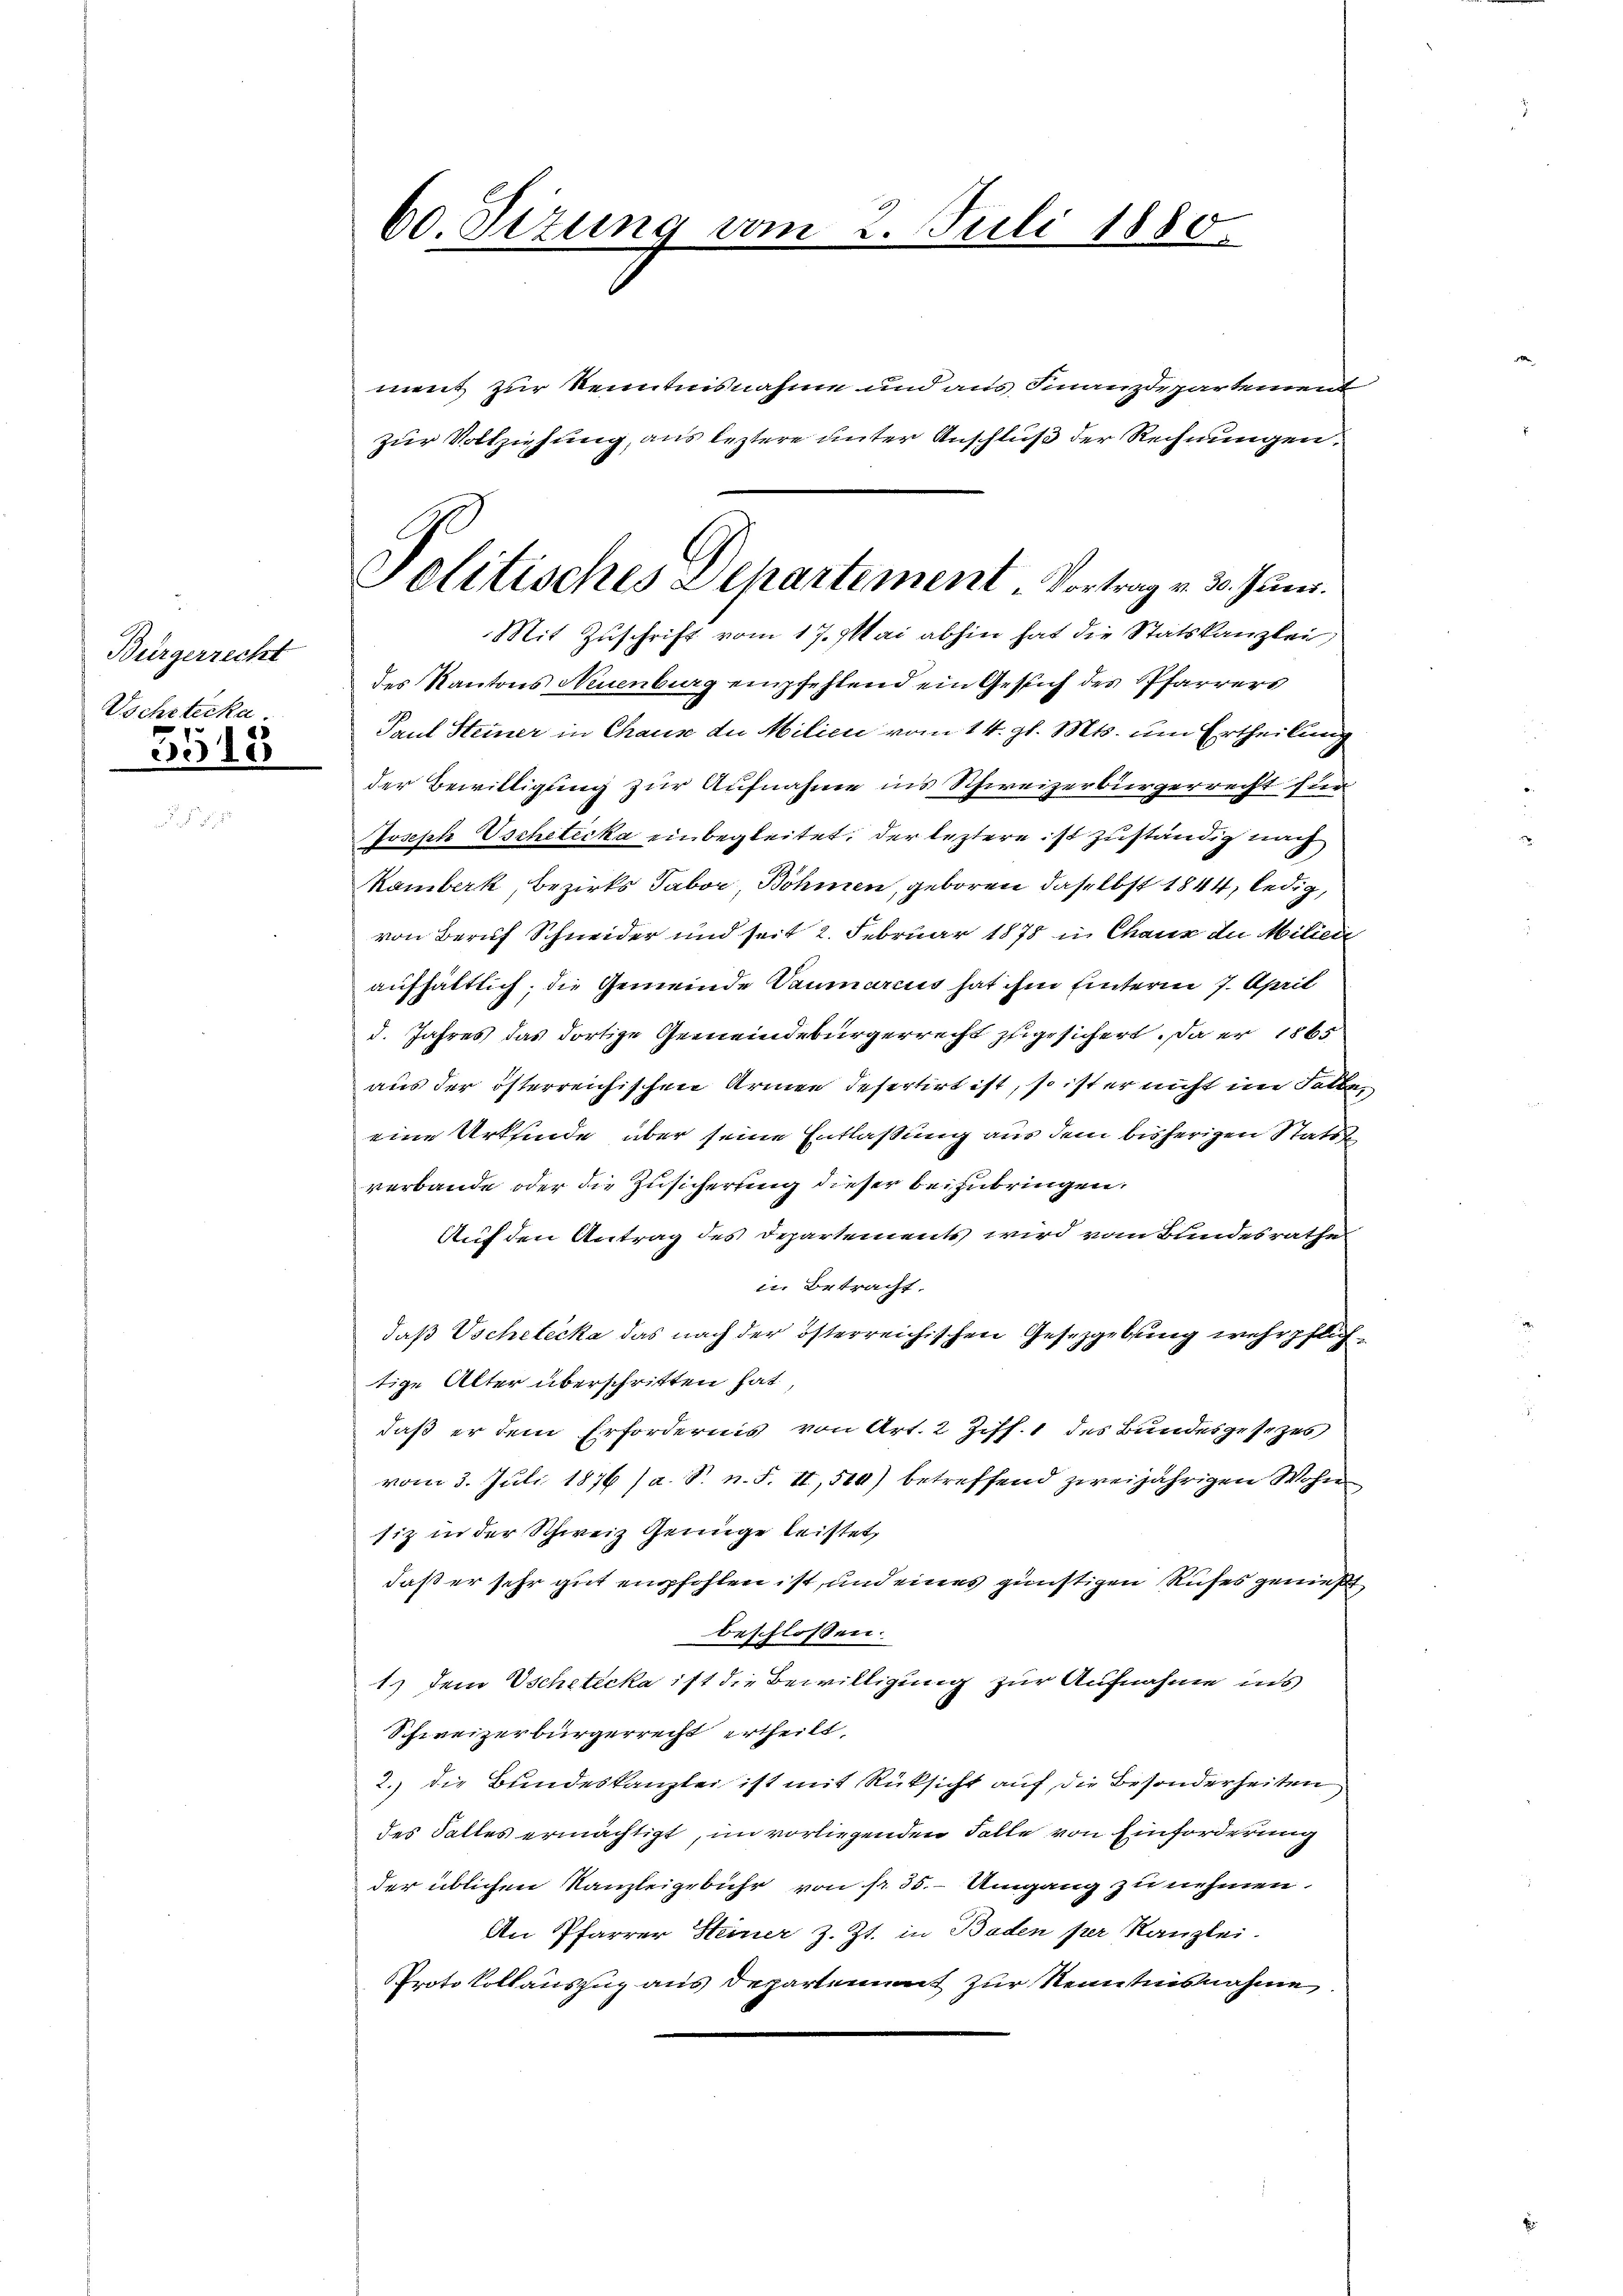
Bürgerrecht
Vochsterka

5518

ment zur Kenntnisnahme und aus Finanzdepartement
zur Vollziehung, aus leztere unter Anschluß der Rechnungen,
des Kantons Neuenburg empfehlend ein Gesuch der Pfarrers
Paul Steiner in Chaus de Milien vom 14. gl. Mts. um Ertheilung
der Bewilligung zur Aufnahme ins Schweizerbürgerrecht für
Joseph Escheticka einbegleitet, der leztere ist zuständig nach
Kamberk, Bezirks Tabor, Böhmen, geboren daselbst 1844, ledig,
von Beruf Schneider und seit 2. Februar 1878 in Chaux in Milien
aufhältlich; die Gemeinde Vaumarius hat ihm unterm 7. April
d. Jahres das dortige Gemeindebürgerrecht zugesichert, da er 1865
aus der österreichischen Armee desertirt ist, so ist er nicht in Fett
eine Urkinde über seine Entlassung aus dem bisherigen Statth
verbande oder die Zusicherung dieser beizubringen.
Auf den Antrag des Departements wird vom Bundesrathes
i. Betracht.
daß Vschetécka das nach der österreichischen Gesetzgebung wehrpflich
tige Alter überschritten hat.
daß er dem Erfordernis von Art. 2 Ziff. 1 des Bundesgesezes
vom 3. Juli 1876 (a. S. n. F. II, 520) betreffend zweijährigen Wohn
siz in der Schweiz Genüge leistet,
daß er sehr gut empfohlen ist, und eines günstigen Rufes genieß
beschlossen:
1.) Dem Tscheticka ist die Bewilligung zur Aufnahme ins
Schweizerbürgerrecht ertheilt,
2.) die Bundeskanzlei ist mit Rücksicht auf die Besonderheiten
des Falles ermächtigt, im vorliegenden Falle von Einforderung
der üblichen Kanzleigebühr von Nr. 35.- Umgang zu nehmen.
An Pfarrer Steiner z. Zt. in Baden per Kanzlei.
Protokollauszug aus Departement zur Kenntnisnahme

60 Sizung vom 2. Juli 1880.

Politisches Departement Vortrag v. 30. Juni.
Mit Zuschrift vom 17. Mai abhin hat die Statskanzlei,